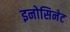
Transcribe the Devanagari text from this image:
इनोसिनेट